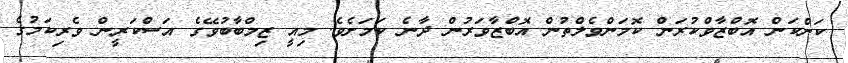
ކަންކަން އޮބްޒާވްކުރަން ކޮމަންވެލްތުން އޮބްޒާވަރުން ދާނެ ކަމަށެވެ. މިއީ ޒިމްބާބުވޭގެ އަސްކަރީން ވެރިކަމުގެ